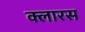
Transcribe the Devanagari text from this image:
क्लारस